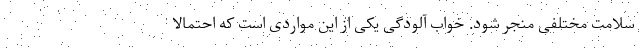
سلامت مختلفی منجر شود. خواب آلودگی یکی از این مواردی است که احتمالا